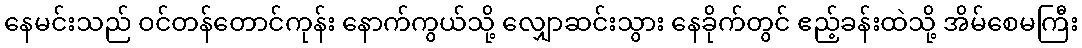
နေမင်းသည် ဝင်တန်တောင်ကုန်း နောက်ကွယ်သို့ လျှောဆင်းသွား နေခိုက်တွင် ဧည့်ခန်းထဲသို့ အိမ်စေမကြီး